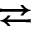
\rightleftarrows